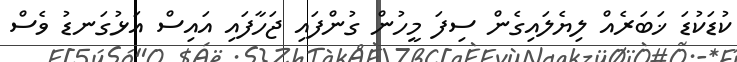
ކުޑަކުޑަ ޚަބަރެއް ލިޔެލައިގެން ސިފަ މީހުން ގުންފައި ޖަހާފައި އައިސް އަޅުގަނޑު ވެސް